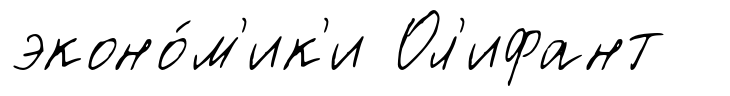
эконо́м'ик'и Ол'ифант